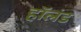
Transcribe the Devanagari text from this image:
हाॅलंड